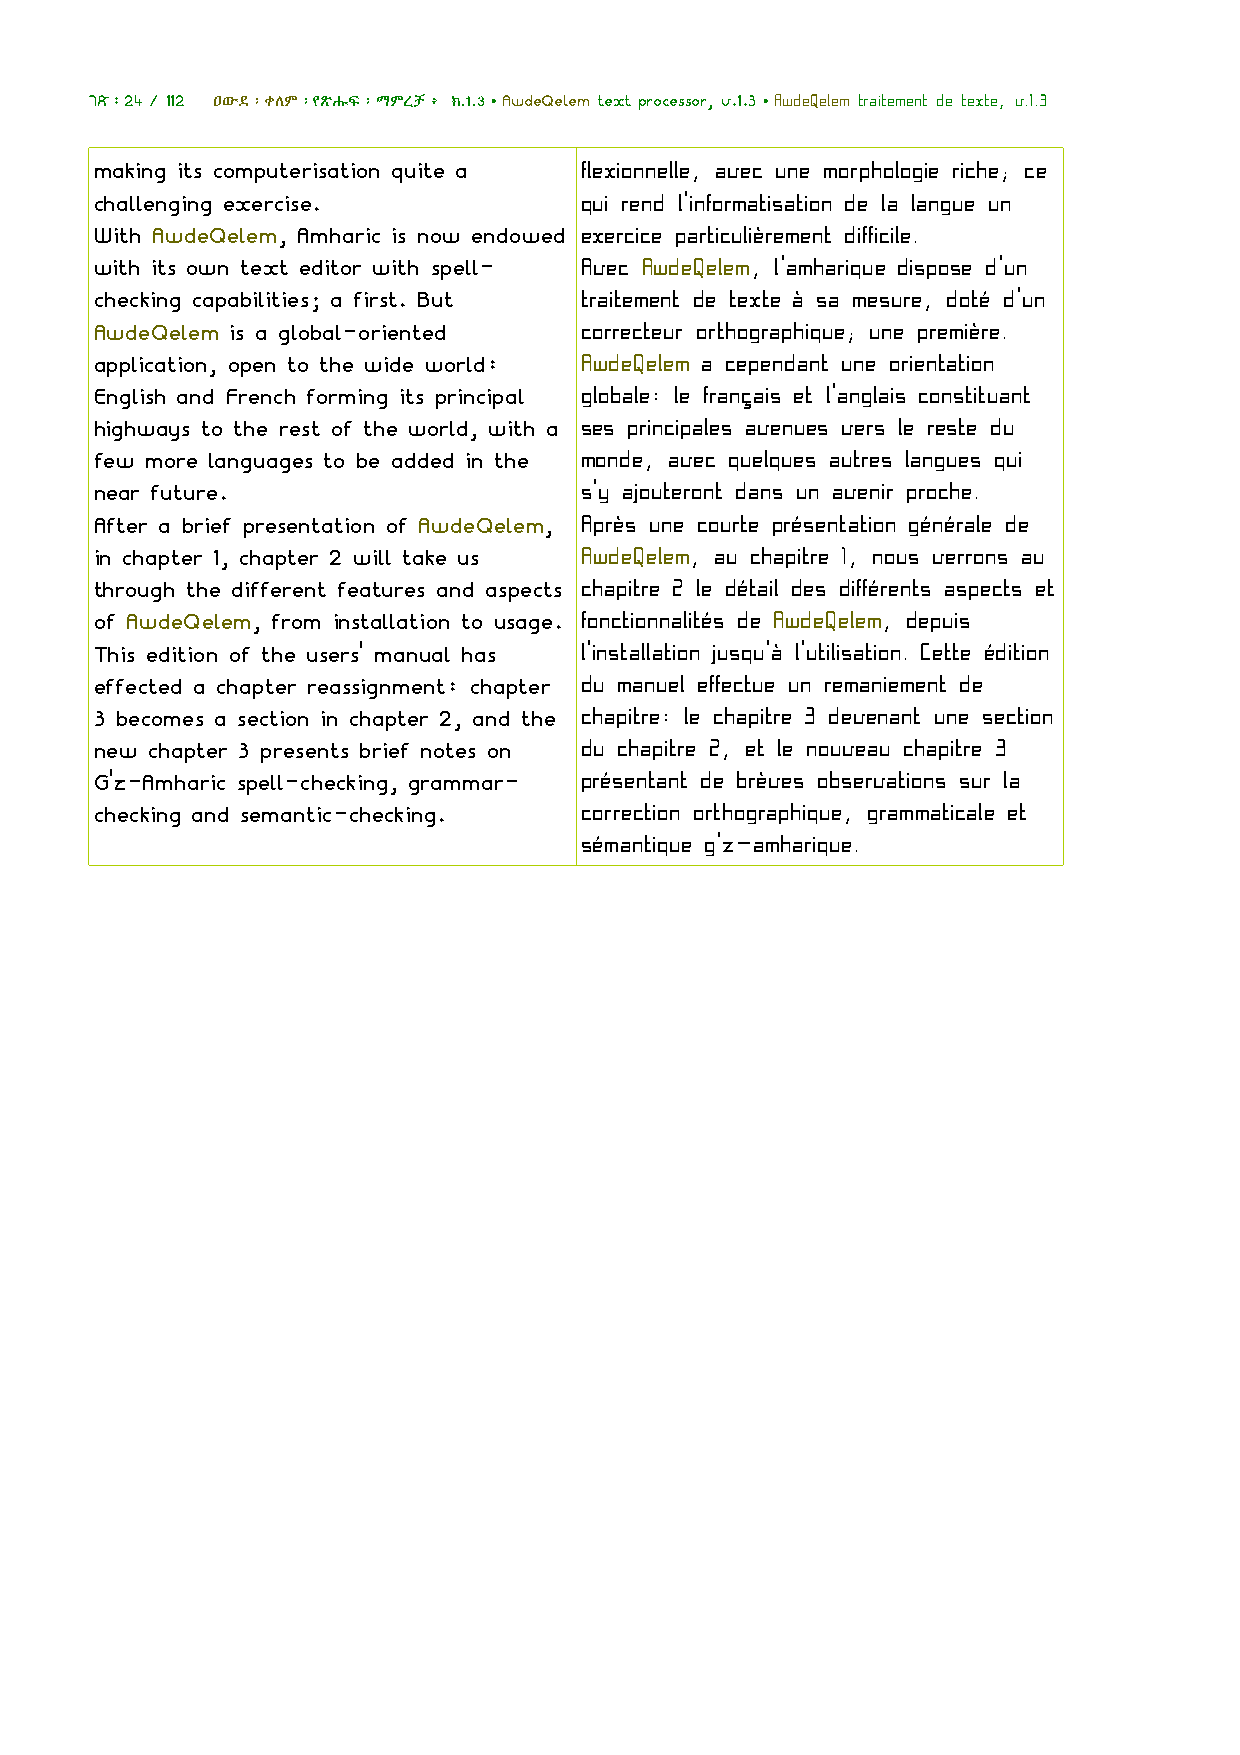
ገጽ፡24 / 112 ዐውደ፡ቀለም፡የጽሑፍ፡ማምረቻ፥ ክ.1.3•AwdeQelem text processor, v.1.3•AwdeQelem traitement de texte, v.1.3
 making its computerisation quite a flexionnelle, avec une morphologie riche; ce
 challenging exercise.            qui rend l'informatisation de la langue un
 With AwdeQelem, Amharic is now endowed exercice particulièrement difficile.
 with its own text editor with spell- Avec AwdeQelem, l'amharique dispose d'un
 checking capabilities; a first. But traitement de texte à sa mesure, doté d'un
 AwdeQelem is a global-oriented   correcteur orthographique; une première.
 application, open to the wide world: AwdeQelem a cependant une orientation
 English and French forming its principal globale: le français et l'anglais constituant
 highways to the rest of the world, with a ses principales avenues vers le reste du
 few more languages to be added in the monde, avec quelques autres langues qui
 near future.                     s'y ajouteront dans un avenir proche.
 After a brief presentation of AwdeQelem, Après une courte présentation générale de
 in chapter 1, chapter 2 will take us AwdeQelem, au chapitre 1, nous verrons au
 through the different features and aspects chapitre 2 le détail des différents aspects et
 of AwdeQelem, from installation to usage. fonctionnalités de AwdeQelem, depuis
 This edition of the users' manual has l'installation jusqu'à l'utilisation. Cette édition
 effected a chapter reassignment: chapter du manuel effectue un remaniement de
 3 becomes a section in chapter 2, and the chapitre: le chapitre 3 devenant une section
 new chapter 3 presents brief notes on du chapitre 2, et le nouveau chapitre 3
 G'z-Amharic spell-checking, grammar- présentant de brèves observations sur la
 checking and semantic-checking.  correction orthographique, grammaticale et
 sémantique g'z-amharique.